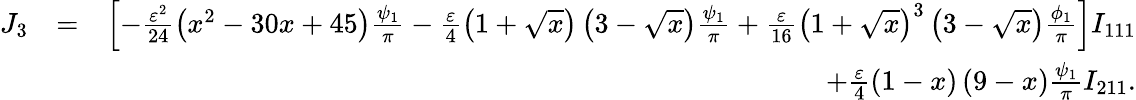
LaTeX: \begin{array}{rlr}{J_{3}}&{=}&{\left[-\frac{\varepsilon^{2}}{24}\left(x^{2}-30x+45\right)\frac{\psi_{1}}{\pi}-\frac{\varepsilon}{4}\left(1+\sqrt{x}\right)\left(3-\sqrt{x}\right)\frac{\psi_{1}}{\pi}+\frac{\varepsilon}{16}\left(1+\sqrt{x}\right)^{3}\left(3-\sqrt{x}\right)\frac{\phi_{1}}{\pi}\right]I_{111}}\\ &{}&{+\frac{\varepsilon}{4}\left(1-x\right)\left(9-x\right)\frac{\psi_{1}}{\pi}I_{211}.}\end{array}